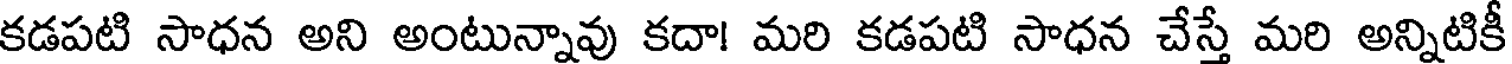
కడపటి సాధన అని అంటున్నావు కదా! మరి కడపటి సాధన చేస్తే మరి అన్నిటికీ